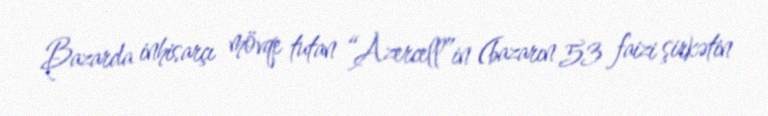
Bazarda inhisarçı mövqe tutan “Azercell”in (bazarın 53 faizi şirkətin